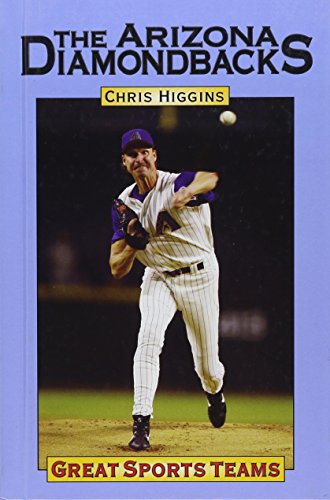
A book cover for Arizona Diamondbacks (Great Sports Teams); Christopher Higgins; Teen & Young Adult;